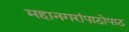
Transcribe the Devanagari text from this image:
महानगरांपाठोपाठ